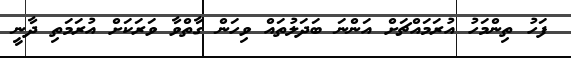
ފަހު ތިންމަހު އުރަމައްޗަށް އަންނަ ބަދަލުތައް ވިހަން ގާތްވާ ވަރަކަށް އުރަމަތި ދާނީ